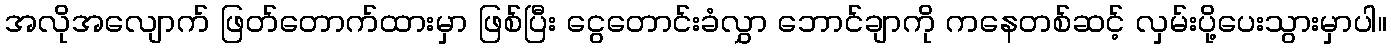
အလိုအလျောက် ဖြတ်တောက်ထားမှာ ဖြစ်ပြီး ငွေတောင်းခံလွှာ ဘောင်ချာကို ကနေတစ်ဆင့် လှမ်းပို့ပေးသွားမှာပါ။